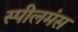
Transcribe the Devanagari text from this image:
स्पीलमंस